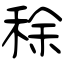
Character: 稌